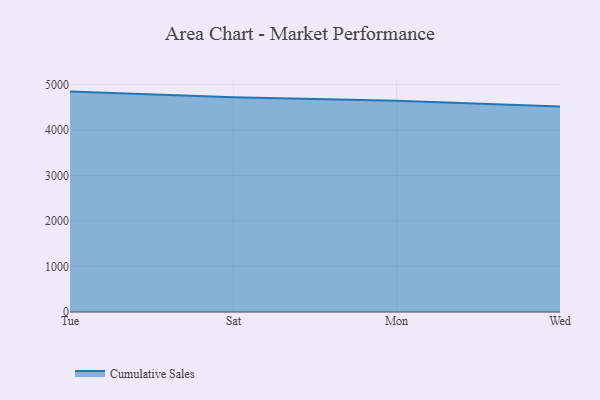
{"axis": {"x": "Day", "y": "Inventory Turnover"}, "legend": ["Cumulative Sales"], "data": [{"x": "Tue", "y": 4844.3, "type": "Cumulative Sales"}, {"x": "Sat", "y": 4722.3, "type": "Cumulative Sales"}, {"x": "Mon", "y": 4640.8, "type": "Cumulative Sales"}, {"x": "Wed", "y": 4515.7, "type": "Cumulative Sales"}]}